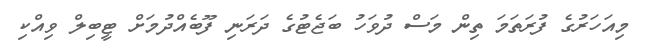
މިއަހަރުގެ ފުރަތަމަ ތިން މަސް ދުވަހު ބަޖެޓުގެ ދަރަނި ފޫބެއްދުމަށް ޓީބިލް ވިއްކި